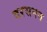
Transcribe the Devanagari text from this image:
दरसनन